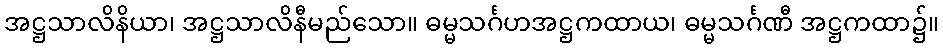
အဋ္ဌသာလိနိယာ၊ အဋ္ဌသာလိနီမည်သော။ ဓမ္မသင်္ဂဟအဋ္ဌကထာယ၊ ဓမ္မသင်္ဂဏီ အဋ္ဌကထာ၌။